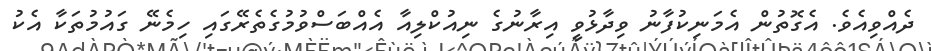
ދެއްވިއެވެ. އެގޮތުން އެމަނިކުފާނު ވިދާޅުވީ އިރާނުގެ ނިއުކްލިއާ އެއްބަސްވުމުގެތެރޭގައި ހިމެނޭ ގައުމުތަކާ އެކު